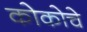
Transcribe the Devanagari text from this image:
कोकोचे